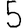
Digit: 5